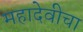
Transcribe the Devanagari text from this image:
महादेवीचा